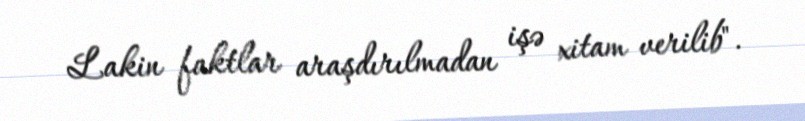
Lakin faktlar araşdırılmadan işə xitam verilib".